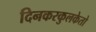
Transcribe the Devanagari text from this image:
दिनकरकुलकेतो